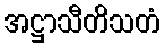
အဋ္ဌာသီတိသတံ